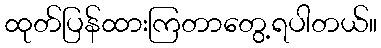
ထုတ်ပြန်ထားကြတာတွေ့ရပါတယ်။